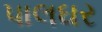
પાલઘર